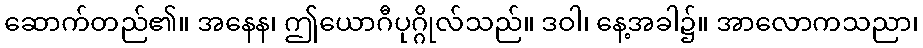
ဆောက်တည်၏။ အနေန၊ ဤယောဂီပုဂ္ဂိုလ်သည်။ ဒဝါ၊ နေ့အခါ၌။ အာလောကသညာ၊